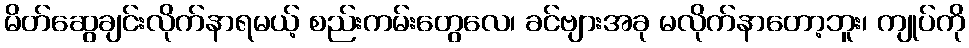
မိတ်ဆွေချင်းလိုက်နာရမယ့် စည်းကမ်းတွေလေ၊ ခင်ဗျားအခု မလိုက်နာတော့ဘူး၊ ကျုပ်ကို